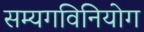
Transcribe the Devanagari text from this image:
सम्यगविनियोग